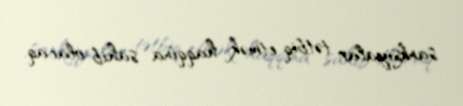
sanksiyalar tətbiq etmək haqqına sahib olacaq.